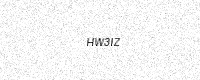
Text: HW3IZ